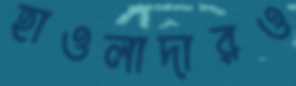
হাওলাদারও